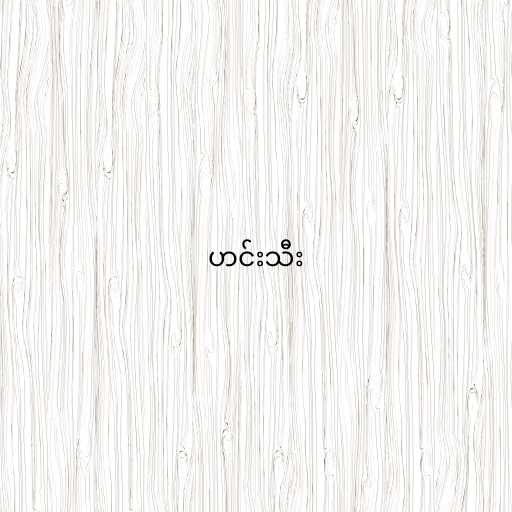
ဟင်းသီး